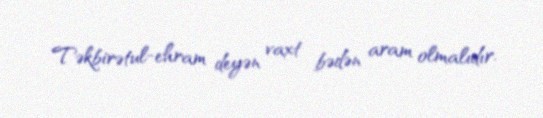
Təkbirətul-ehram deyən vaxt bədən aram olmalıdır.